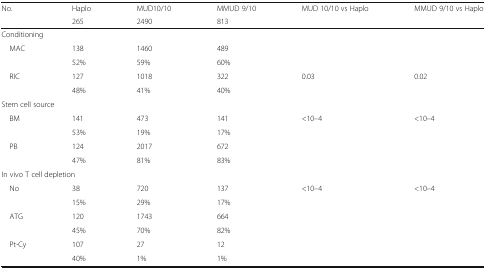
<table><thead><tr><td rowspan="2"><b>No.</b></td><td><b>Haplo</b></td><td><b>MUD10/10</b></td><td><b>MMUD 9/10</b></td><td><b>MUD 10/10 vs Haplo</b></td><td><b>MMUD 9/10 vs Haplo</b></td></tr><tr><td><b>265</b></td><td><b>2490</b></td><td><b>813</b></td><td></td><td></td></tr></thead><tbody><tr><td colspan="6">Conditioning</td></tr><tr><td rowspan="2"> MAC</td><td>138</td><td>1460</td><td>489</td><td></td><td></td></tr><tr><td>52%</td><td>59%</td><td>60%</td><td></td><td></td></tr><tr><td rowspan="2"> RIC</td><td>127</td><td>1018</td><td>322</td><td>0.03</td><td>0.02</td></tr><tr><td>48%</td><td>41%</td><td>40%</td><td></td><td></td></tr><tr><td colspan="6">Stem cell source</td></tr><tr><td rowspan="2"> BM</td><td>141</td><td>473</td><td>141</td><td>&lt;10–4</td><td>&lt;10–4</td></tr><tr><td>53%</td><td>19%</td><td>17%</td><td></td><td></td></tr><tr><td rowspan="2"> PB</td><td>124</td><td>2017</td><td>672</td><td></td><td></td></tr><tr><td>47%</td><td>81%</td><td>83%</td><td></td><td></td></tr><tr><td colspan="6">In vivo T cell depletion</td></tr><tr><td rowspan="2"> No</td><td>38</td><td>720</td><td>137</td><td>&lt;10–4</td><td>&lt;10–4</td></tr><tr><td>15%</td><td>29%</td><td>17%</td><td></td><td></td></tr><tr><td rowspan="2"> ATG</td><td>120</td><td>1743</td><td>664</td><td></td><td></td></tr><tr><td>45%</td><td>70%</td><td>82%</td><td></td><td></td></tr><tr><td rowspan="2"> Pt-Cy</td><td>107</td><td>27</td><td>12</td><td></td><td></td></tr><tr><td>40%</td><td>1%</td><td>1%</td><td></td><td></td></tr></tbody></table>